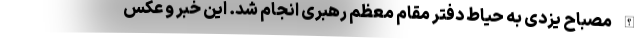
الله مصباح یزدی به حیاط دفتر مقام معظم رهبری انجام شد. این خبر و عکس